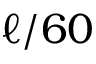
\ell / 6 0